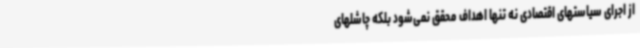
از اجرای سیاستهای اقتصادی نه تنها اهداف محقق نمی‌شود بلکه چاشلهای